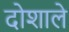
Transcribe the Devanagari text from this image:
दोशाले